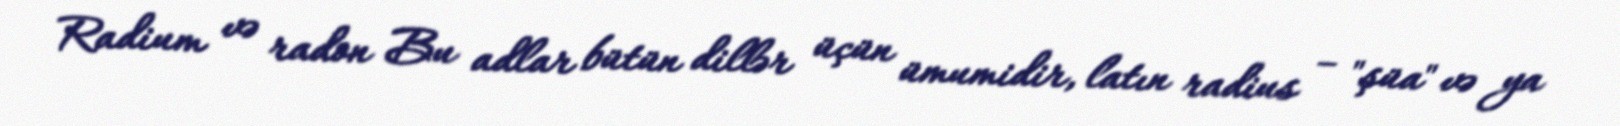
Radium və radon Bu adlar bütün dillər üçün ümumidir, latın radius – "şüa" və ya